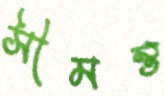
সীমন্ত